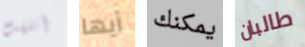
أتلفت أيها يمكنك طالبان